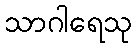
သာဂါရေသု